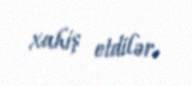
xahiş etdilər.